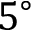
5 ^ { \circ }